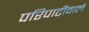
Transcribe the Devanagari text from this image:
परिपाटीवाले